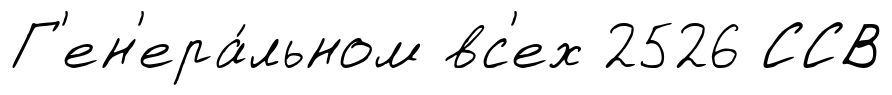
Г'ен'ера́льном вс'ех 2526 ССВ